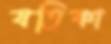
যতিকা